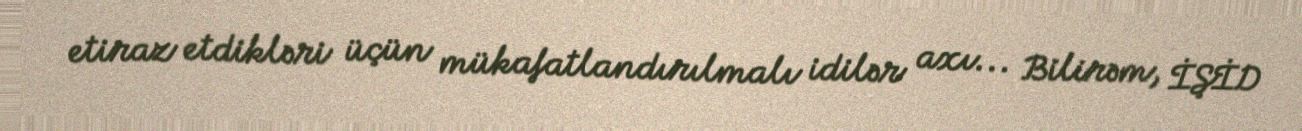
etiraz etdikləri üçün mükafatlandırılmalı idilər axı... Bilirəm, İŞİD